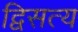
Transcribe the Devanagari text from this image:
द्विसत्य